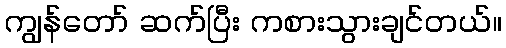
ကျွန်တော် ဆက်ပြီး ကစားသွားချင်တယ်။